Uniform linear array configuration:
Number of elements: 24
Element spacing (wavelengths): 1
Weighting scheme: exponential
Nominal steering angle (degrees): -45
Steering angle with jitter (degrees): -43.697
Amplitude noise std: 0.05
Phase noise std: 0.05

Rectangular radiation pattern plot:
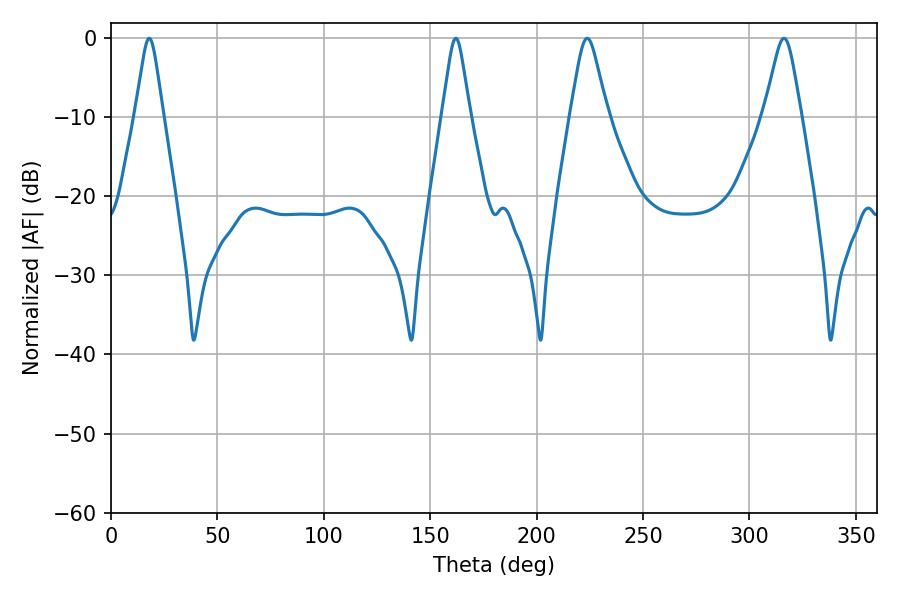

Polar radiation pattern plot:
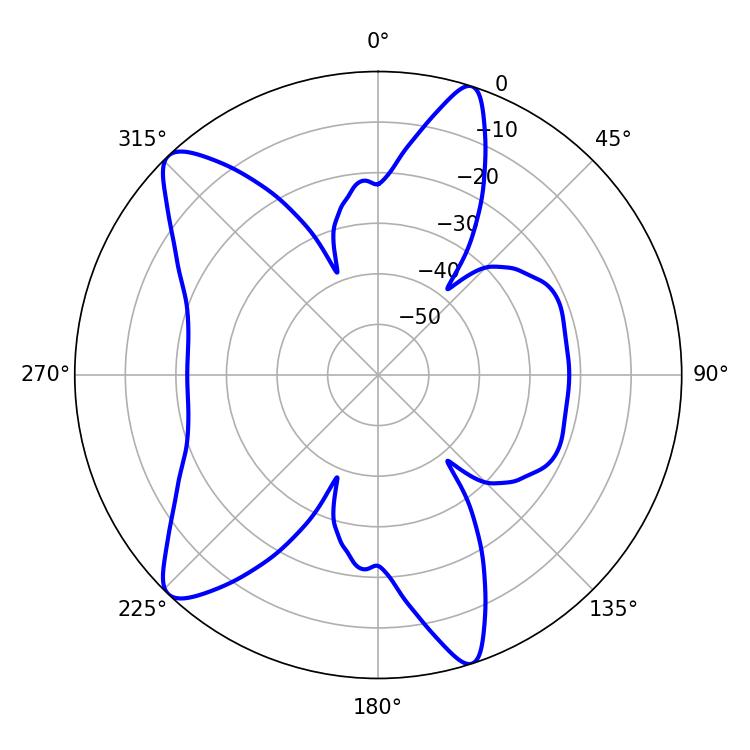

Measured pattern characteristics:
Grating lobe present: TRUE
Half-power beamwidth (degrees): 8.28
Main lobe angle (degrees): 223.74